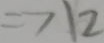
= 7 1 2